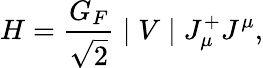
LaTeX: H=\frac{G_{F}}{\sqrt{2}}\mid V\mid J_{\mu}^{+}J^{\mu},